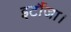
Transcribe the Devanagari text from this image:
इटौंजा।